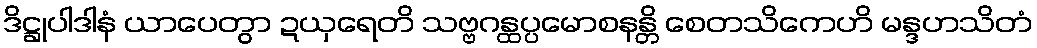
ဒိဋ္ဌုပါဒါနံ ယာပေတွာ ဍယှရေတိ သဗ္ဗဂန္ထပ္ပမောစနန္တိ စေတသိကေဟိ မန္ဒဟသိတံ